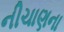
નીચાણના